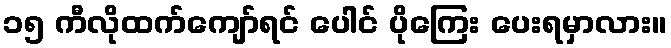
၁၅ ကီလိုထက်ကျော်ရင် ပေါင် ပိုကြေး ပေးရမှာလား။